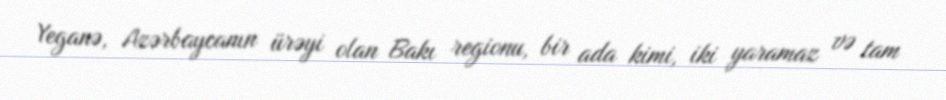
Yeganə, Azərbaycanın ürəyi olan Bakı regionu, bir ada kimi, iki yaramaz və tam